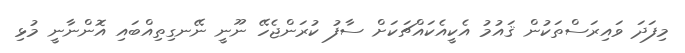
މިފަދަ ވައިރަސްތަކުން ޤައުމު އެކީއެކައްޗަކަށް ސާފު ކުރަންޖެހޭ ނޫނީ ނޭނގިތިއްބައި އޮންނާނީ މުޅި